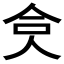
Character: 𠈏